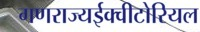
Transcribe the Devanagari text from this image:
गणराज्यईक्वीटोरियल